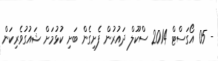
- 05 އޯގަސްޓް 2014 ސްކޫލް ދައުރުން ފެށިގެން ބަށި ކުޅުމަށް ޝައުގުވެރިކަން